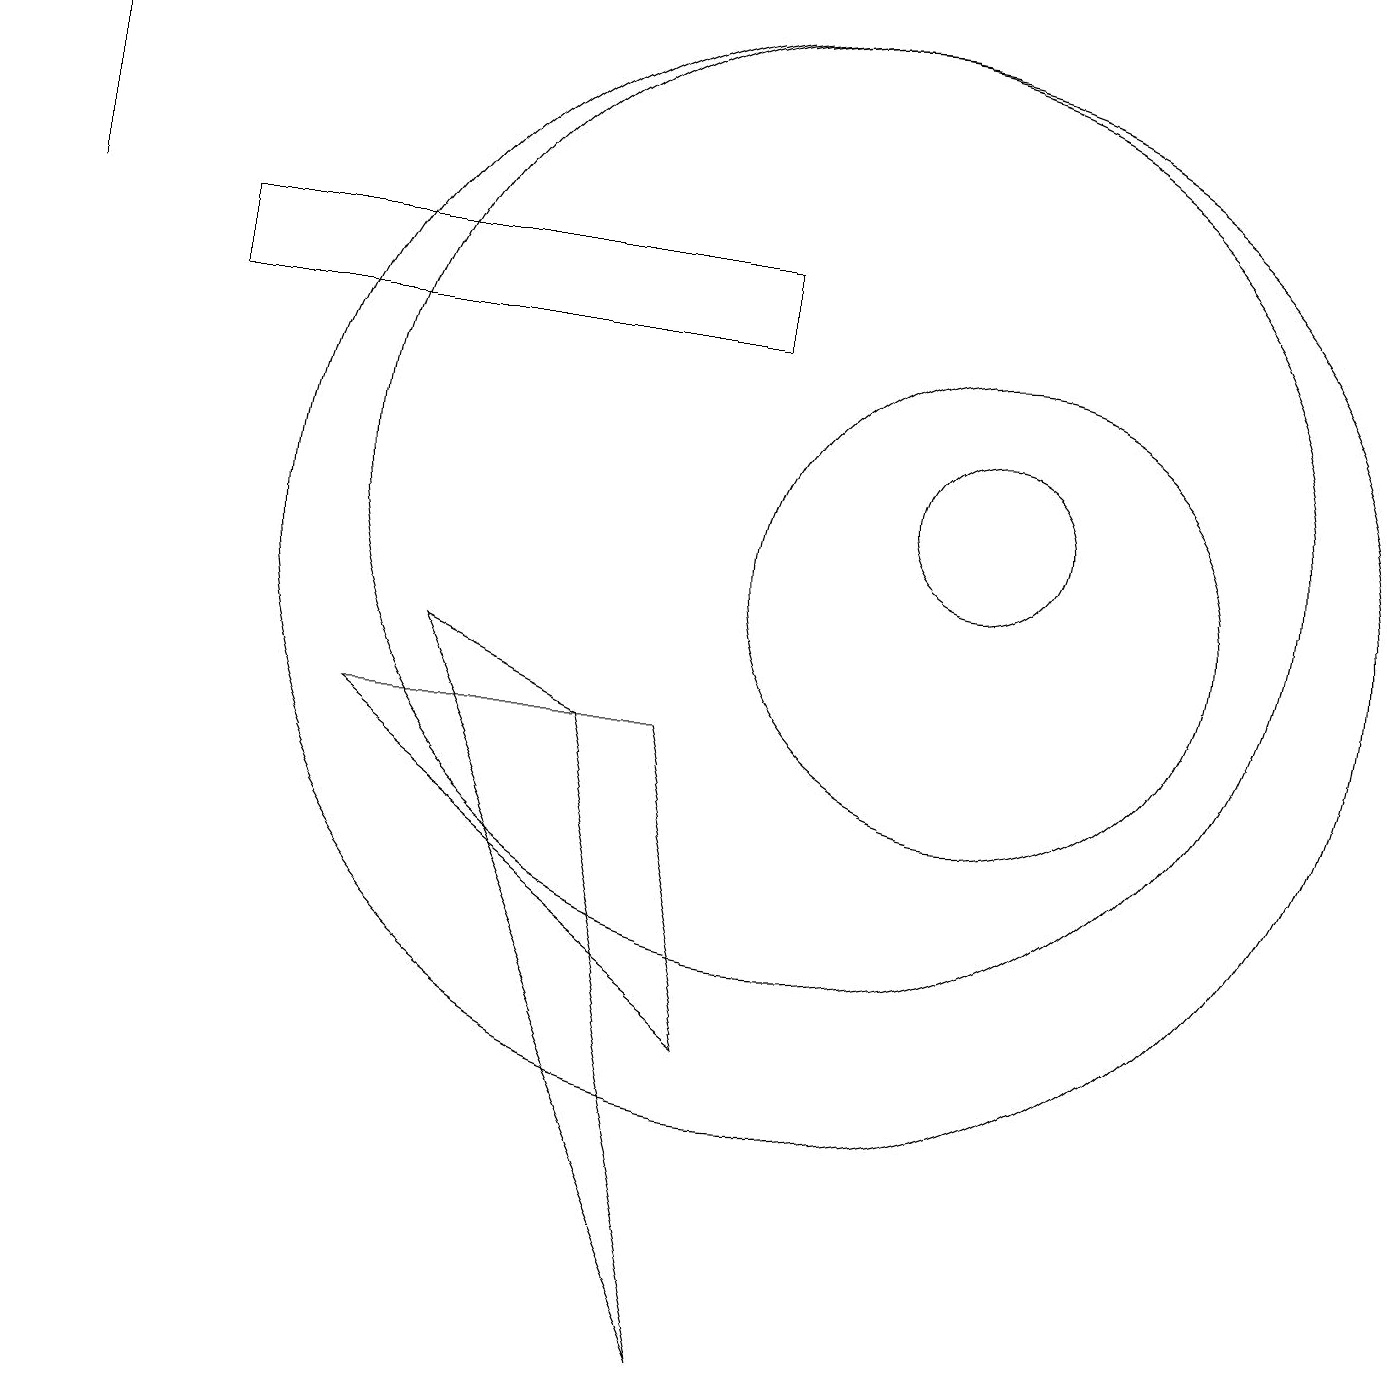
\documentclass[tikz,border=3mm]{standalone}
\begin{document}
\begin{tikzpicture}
\draw (12,11) circle (1);
\draw (7,8) -- (5,9) -- (9,0) -- cycle;
\draw (10,10) circle (7);
\draw (12,10) circle (3);
\draw (10,11) circle (6);
\draw (0,14) rectangle (0,17);
\draw (9,14) rectangle (2,13);
\draw (8,8) -- (4,8) -- (9,4) -- cycle;
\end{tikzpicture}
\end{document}